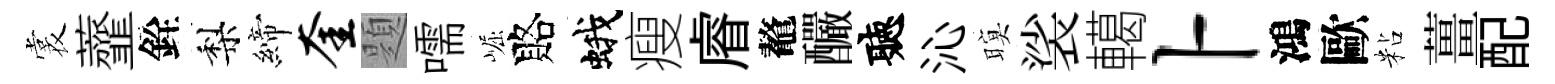
裳虀銓梨締奎題嚅崛賂蛾瘦𥈠鼇釅聽沁暝裟轕卜鴻歐粘薑配